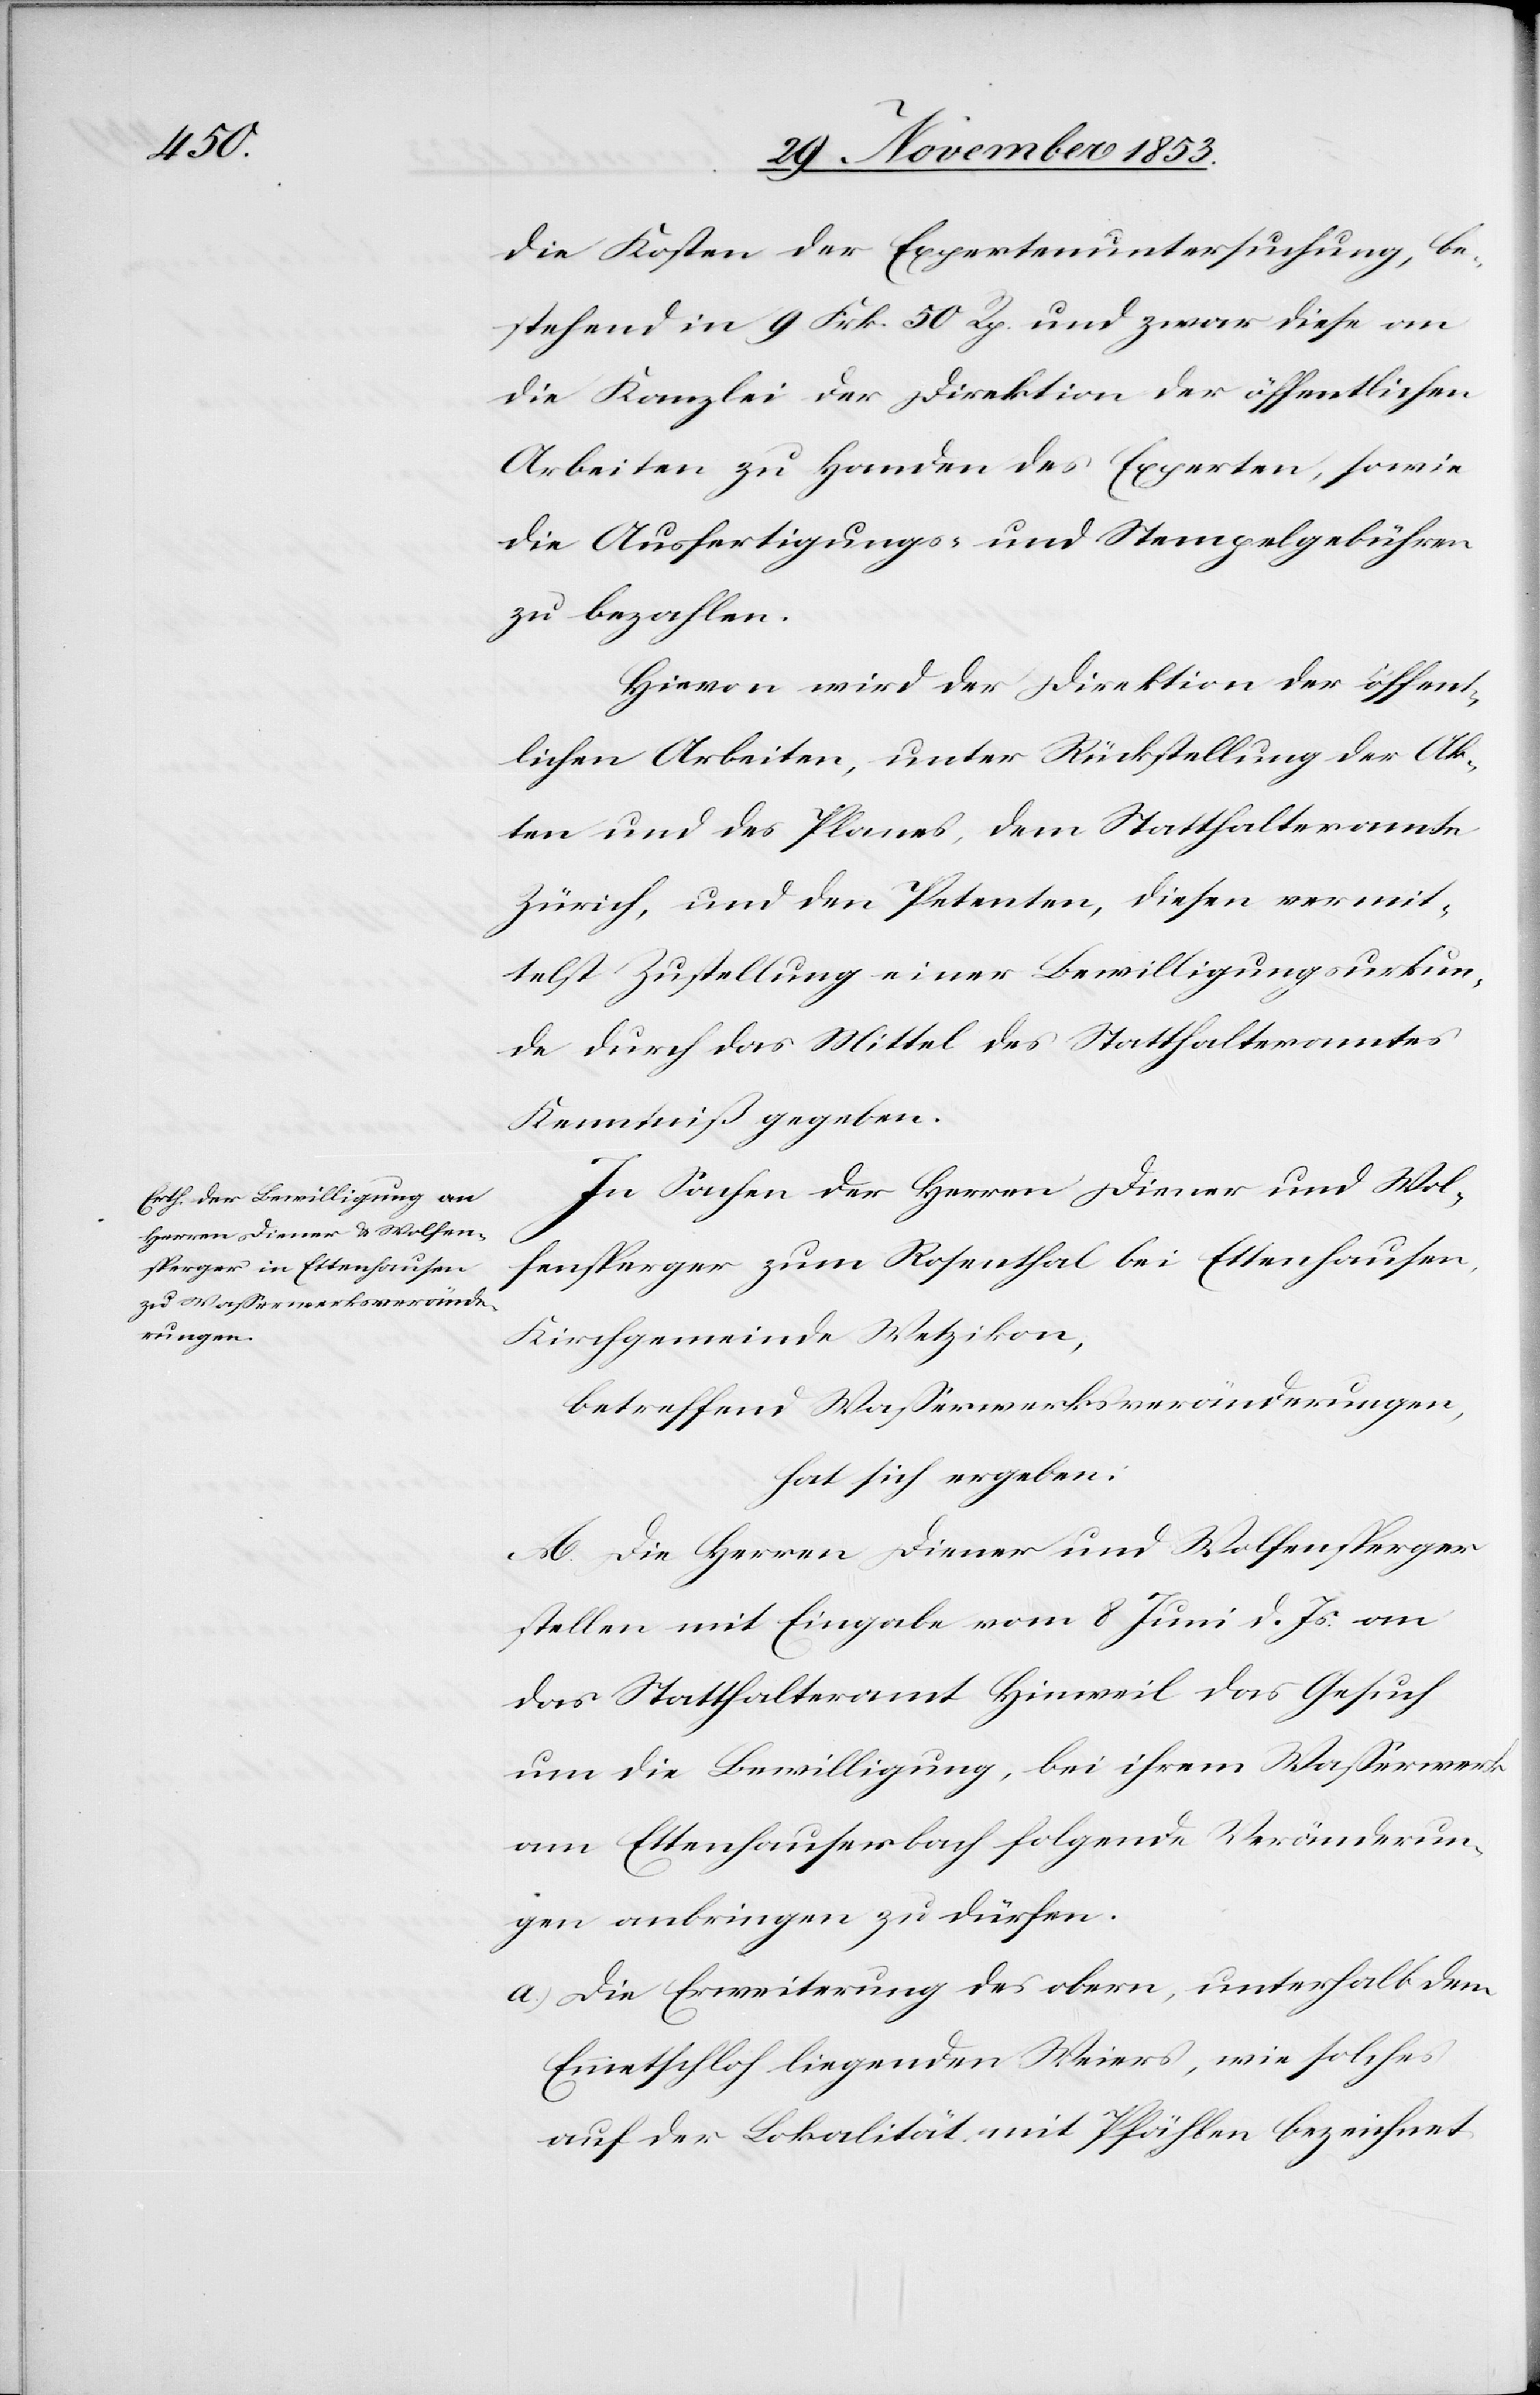
die Kosten der Expertenuntersuchung, be¬
stehend in 9 Frk. 50 Rp. und zwar diese an
die Kanzlei der Direktion der öffentlichen
Arbeiten zu Handen des Experten, sowie
die Ausfertigungs- u. Stempelgebühren
zu bezahlen.
Hievon wird der Direktion der öffent¬
lichen Arbeiten, unter Rückstellung der Ak¬
ten und des Planes, dem Statthalteramte
Zürich, und den Petenten, diesen vermit¬
telst Zustellung einer Bewilligungsurkun¬
de durch das Mittel des Statthalteramtes
Kenntniß gegeben.
In Sachen der Herren Diener und Wol¬
fensperger zum Rosenthal bei Ettenhausen,
Kirchgemeinde Wetzikon,
betreffend Waßerwerksveränderungen,
hat sich ergeben:
A. Die Herren Diener und Wolfensperger
stellen mit Einsicht vom 8 Juni d. Js. an
das Statthalteramt Hinweil das Gesuch
um die Bewilligung, bei ihrem Waßerwerk
am Ettenhauserbach folgende Veränderun¬
gen anbringen zu dürfen.
a) Die Erweiterung des obern, unterhalb dem
Ennetschloh liegenden Weiers, wie solches
auf der Lokalität mit Pfählen bezeichnet